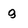
Character: g